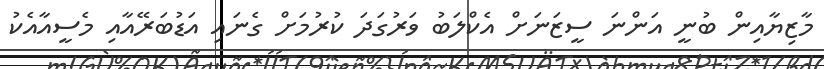
މާޒިޔާއިން ބުނީ އަންނަ ސީޒަނަށް އެކްލަބު ވަރުގަދަ ކުރުމަށް ގެނައި އަޑުބަރޭއާއި މެސީއާއެކު